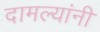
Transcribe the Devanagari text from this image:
दामल्यांनी